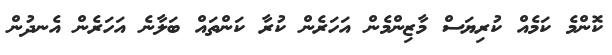
ކޮންމެ ކަމެއް ކުރިޔަސް މާޒިންމެން އަހަރެން ކުރާ ކަންތައް ބަލާނެ އަހަރެން އެނދުން